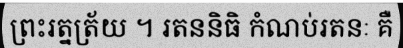
ព្រះរត្នត្រ័យ ។ រតននិធិ កំណប់រតនៈ គឺ